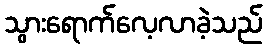
သွားရောက်လေ့လာခဲ့သည်